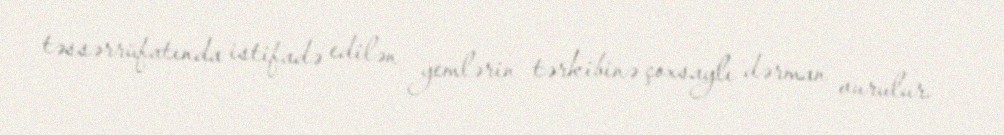
təssərrüfatında istifadə edilən yemlərin tərkibinə çoxsaylı dərman vurulur.